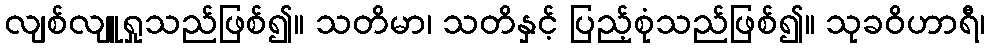
လျစ်လျူရှုသည်ဖြစ်၍။ သတိမာ၊ သတိနှင့် ပြည့်စုံသည်ဖြစ်၍။ သုခဝိဟာရီ၊